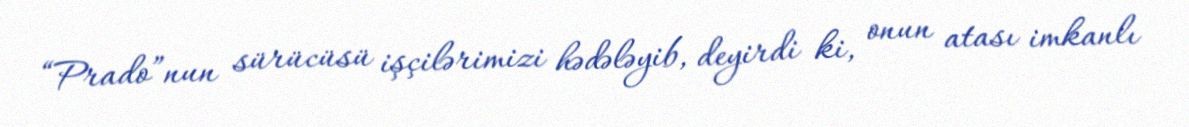
“Prado”nun sürücüsü işçilərimizi hədələyib, deyirdi ki, onun atası imkanlı